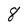
Character: 8